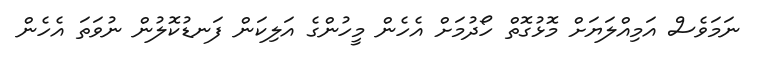
ނަމަވެސް އަމިއްލަޔަށް މޮޅުގޮތް ހޯދުމަށް އެހެން މީހުންގެ އަލިކަން ފަނޑުކޮލުން ނުވަތަ އެހެން